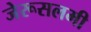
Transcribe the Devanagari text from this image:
जेरूसलमी